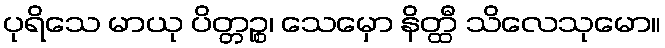
ပုရိသေ မာယု ပိတ္တဉ္စ၊ သေမှော နိတ္ထီ သိလေသုမော။